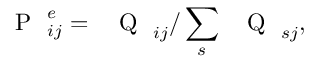
\mathrm { ~ \mathsf ~ { ~ P ~ } ~ } _ { i j } ^ { e } = \mathrm { ~ \mathsf ~ { ~ Q ~ } ~ } _ { i j } / \sum _ { s } \mathrm { ~ \mathsf ~ { ~ Q ~ } ~ } _ { s j } ,